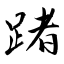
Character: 踷